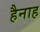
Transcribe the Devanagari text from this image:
हैनाह